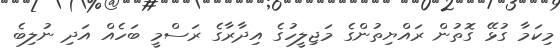
މިކަމާ ގުޅޭ ގޮތުން ރައްޔިތުންގެ މަޖިލީހުގެ އިދާރާގެ ރަސްމީ ބަހެއް އަދި ނުލިބެ